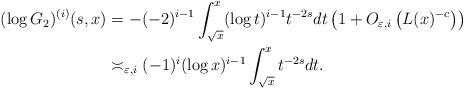
LaTeX: \begin{align*}(\log G_2)^{(i)}(s,x) &=-(-2)^{i-1}\int_{\sqrt{x}}^{x}(\log t)^{i-1} t^{-2s} dt \left( 1+O_{\varepsilon,i}\left( L(x)^{-c}\right)\right) \\&\asymp_{\varepsilon,i} (-1)^i (\log x)^{i-1} \int_{\sqrt{x}}^{x} t^{-2s}dt.\end{align*}